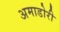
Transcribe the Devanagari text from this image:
अमाडोरी